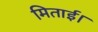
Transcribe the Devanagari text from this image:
मिताई।